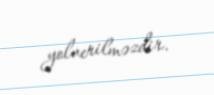
yolverilməzdir.